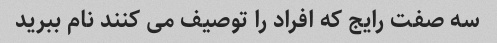
سه صفت رایج که افراد را توصیف می کنند نام ببرید